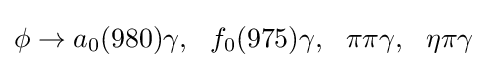
\phi \to a_{0}(980)\gamma ,~~f_{0}(975)\gamma ,~~\pi \pi \gamma ,~~\eta \pi \gamma